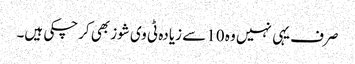
صرف یہی نہیں وہ 10 سے زیادہ ٹی وی شوز بھی کرچکی ہیں۔